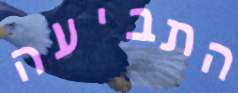
התביעה